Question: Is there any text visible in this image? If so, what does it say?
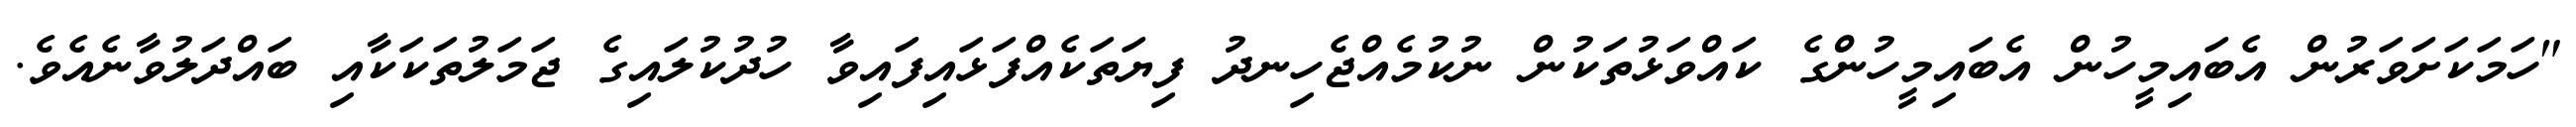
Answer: "ހަމަކަށަވަރުން އެބައިމީހުން އެބައިމީހުންގެ ކައްވަޅުތަކުން ނުކުމެއްޖެހިނދު ފިޔަތަކެއްފަޅައިފައިވާ ހުދުކުލައިގެ ޖަމަލުތަކަކާއި ބައްދަލުވާނެއެވެ.